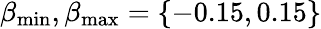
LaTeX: \beta_{\mathrm{min}},\beta_{\mathrm{max}}=\{ -0.15,0.15\}